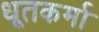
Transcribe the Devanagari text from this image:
धूतकर्मा